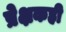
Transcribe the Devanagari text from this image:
प्रेक्षकही